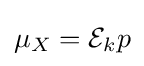
\mu _{X}={\mathcal {E}}_{k}p